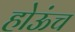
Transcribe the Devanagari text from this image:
होऊंच